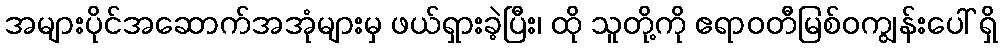
အများပိုင်အဆောက်အအုံများမှ ဖယ်ရှားခဲ့ပြီး၊ ထို သူတို့ကို ဧရာဝတီမြစ်ဝကျွန်းပေါ် ရှိ